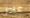
عادل